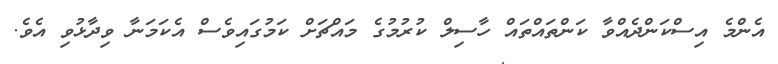
އެންމެ އިސްކަންދެއްވާ ކަންތައްތައް ހާސިލް ކުރުމުގެ މައްޗަށް ކަމުގައިވެސް އެކަމަނާ ވިދާޅުވި އެވެ.